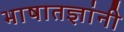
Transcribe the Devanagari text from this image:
भाषातज्ञांनी